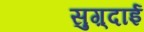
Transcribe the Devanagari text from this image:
सुग़्दाई